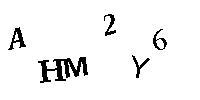
AHM2Y6